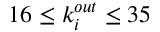
1 6 \leq k _ { i } ^ { o u t } \leq 3 5